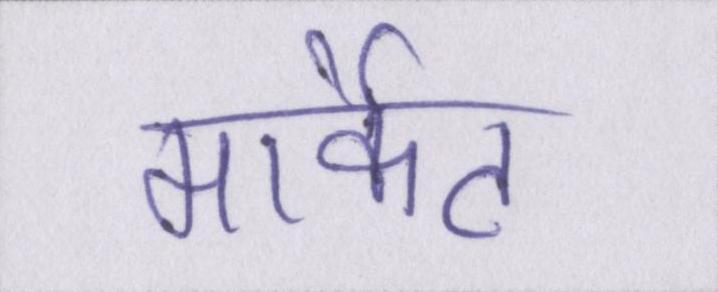
मार्केट